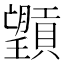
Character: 𪱮